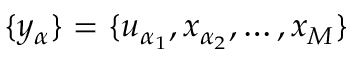
\{ y _ { \alpha } \} = \{ u _ { \alpha _ { 1 } } , x _ { \alpha _ { 2 } } , \ldots , x _ { M } \}